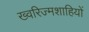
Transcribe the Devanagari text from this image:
ख्वरिज्मशाहियों